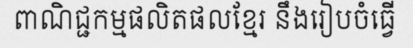
ពាណិជ្ជកម្មផលិតផលខ្មែរ នឹងរៀបចំធ្វើ